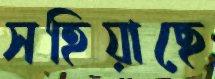
সহিয়াছে